Annual report on the Civil Veterinary Department, Burma (including the Insein Veterinary School) - 1923-1931
Year: 1923
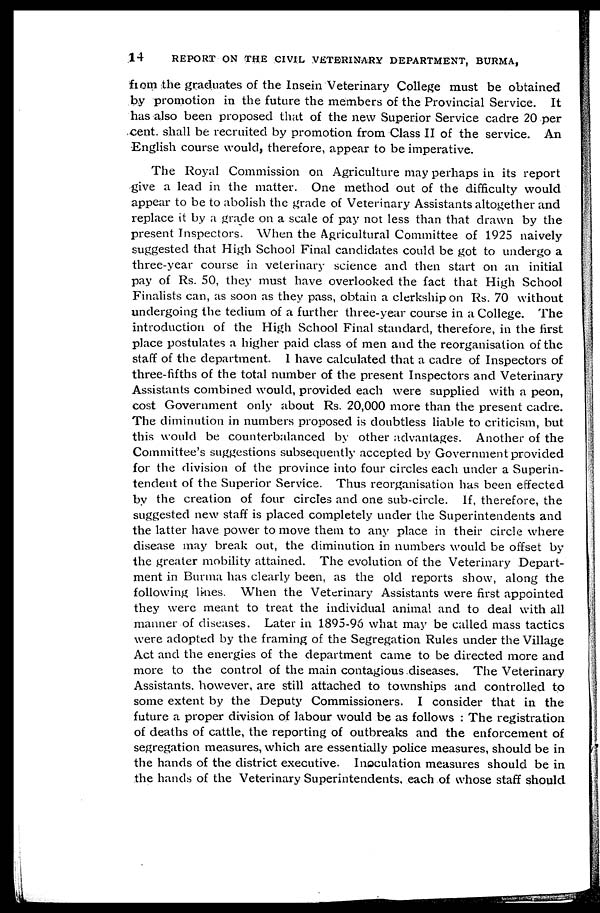
14
REPORT ON THE CIVIL VETERINARY DEPARTMENT, BURMA,
from the graduates of the Insein Veterinary College must be obtained
by promotion in the future the members of the Provincial Service. It
has also been proposed that of the new Superior Service cadre 20 per
cent. shall be recruited by promotion from Class II of the service. An
English course would, therefore, appear to be imperative.
The Royal Commission on Agriculture may perhaps in its report
give a lead in the matter. One method out of the difficulty would
appear to be to abolish the grade of Veterinary Assistants altogether and
replace it by a grade on a scale of pay not less than that drawn by the
present Inspectors. When the Agricultural Committee of 1925 naively
suggested that High School Final candidates could be got to undergo a
three-year course in veterinary science and then start on an initial
pay of Rs. 50, they must have overlooked the fact that High School
Finalists can, as soon as they pass, obtain a clerkship on Rs. 70 without
undergoing the tedium of a further three-year course in a College. The
introduction of the High School Final standard, therefore, in the first
place postulates a higher paid class of men and the reorganisation of the
staff of the department. 1 have calculated that a cadre of Inspectors of
three-fifths of the total number of the present Inspectors and Veterinary
Assistants combined would, provided each were supplied with a peon,
cost Government only about Rs. 20,000 more than the present cadre.
The diminution in numbers proposed is doubtless liable to criticism, but
this would be counterbalanced by other advantages. Another of the
Committee's suggestions subsequently accepted by Government provided
for the division of the province into four circles each under a Superin-
tendent of the Superior Service. Thus reorganisation has been effected
by the creation of four circles and one sub-circle. If, therefore, the
suggested new staff is placed completely under the Superintendents and
the latter have power to move them to any place in their circle where
disease may break out, the diminution in numbers would be offset by
the greater mobility attained. The evolution of the Veterinary Depart-
ment in Burma has clearly been, as the old reports show, along the
following lines. When the Veterinary Assistants were first appointed
they were meant to treat the individual animal and to deal with all
manner of diseases. Later in 1895-96 what may be called mass tactics
were adopted by the framing of the Segregation Rules under the Village
Act and the energies of the department came to be directed more and
more to the control of the main contagious diseases. The Veterinary
Assistants, however, are still attached to townships and controlled to
some extent by the Deputy Commissioners. I consider that in the
future a proper division of labour would be as follows : The registration
of deaths of cattle, the reporting of outbreaks and the enforcement of
segregation measures, which are essentially police measures, should be in
the hands of the district executive. Inoculation measures should be in
the hands of the Veterinary Superintendents, each of whose staff should